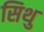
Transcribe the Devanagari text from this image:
सिथु